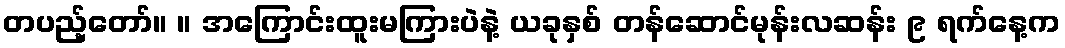
တပည့်တော်။ ။ အကြောင်းထူးမကြားပဲနဲ့ ယခုနှစ် တန်ဆောင်မုန်းလဆန်း ၉ ရက်နေ့က